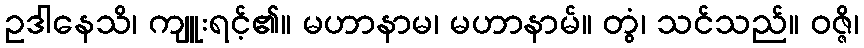
ဥဒါနေသိ၊ ကျူးရင့်၏။ မဟာနာမ၊ မဟာနာမ်။ တွံ၊ သင်သည်။ ဝဇ္ဇိ၊